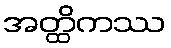
အတ္ထိကဿ